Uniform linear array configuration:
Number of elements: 24
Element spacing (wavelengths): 0.5
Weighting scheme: exponential
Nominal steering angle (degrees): -60
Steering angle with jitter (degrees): -61.47
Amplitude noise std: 0.05
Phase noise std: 0.05

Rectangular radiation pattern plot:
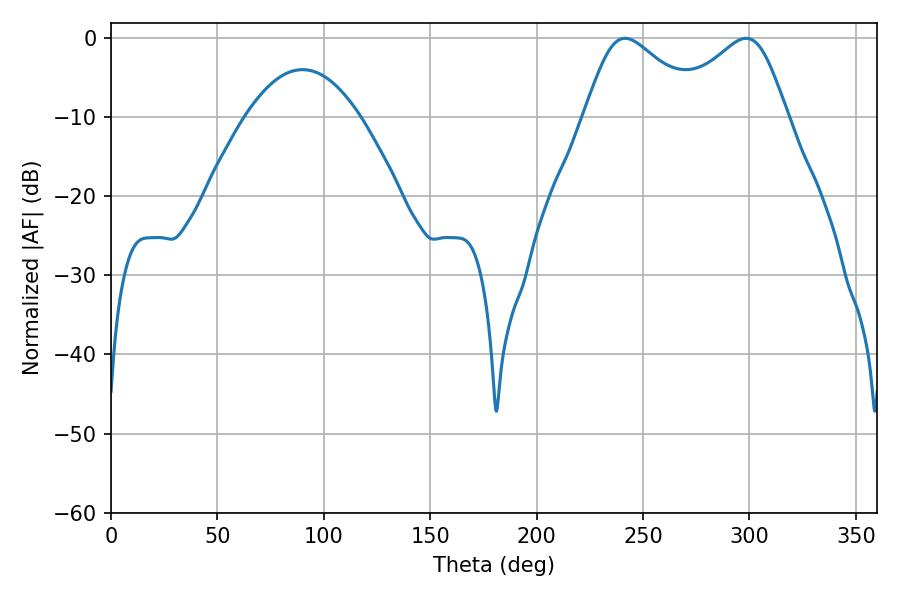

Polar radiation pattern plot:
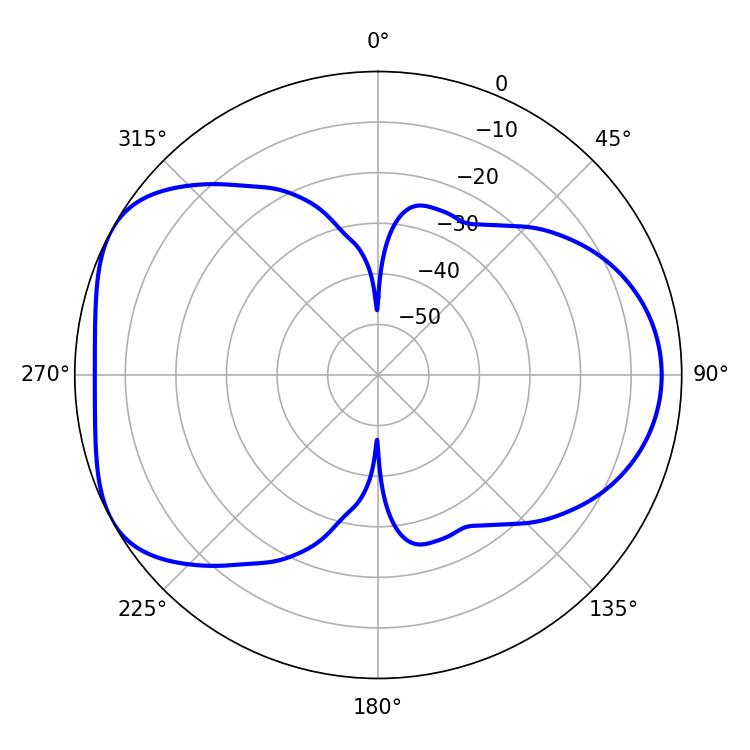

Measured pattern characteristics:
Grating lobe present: FALSE
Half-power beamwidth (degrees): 27.9
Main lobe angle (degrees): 241.56